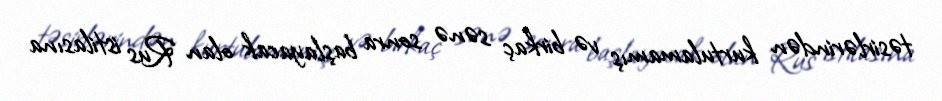
təsirlərindən kurtulamamış və birkaç sənə sonra başlayacak olan Rus istilasına